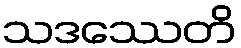
သဒဿေတိ